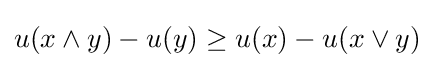
u(x\wedge y)-u(y)\geq u(x)-u(x\vee y)